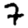
Digit: 7